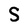
Character: S